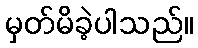
မှတ်မိခဲ့ပါသည်။